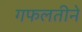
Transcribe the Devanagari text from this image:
गफलतीने